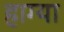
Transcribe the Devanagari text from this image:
हाग्या